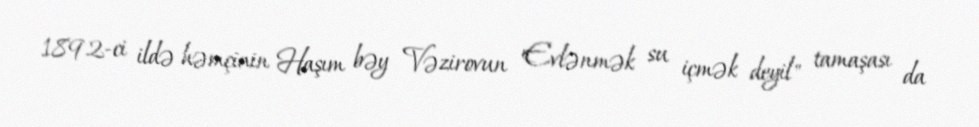
1892-ci ildə həmçinin Haşım bəy Vəzirovun "Evlənmək su içmək deyil" tamaşası da